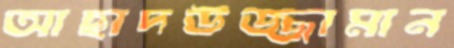
আছাদউজ্জামান